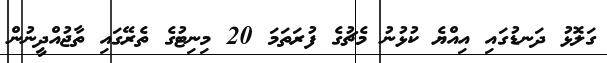
ގަލޮޅު ދަނޑުގައި އިއްޔެ ކުޅުނު މެޗުގެ ފުރަތަމަ 20 މިނިޓުގެ ތެރޭގައި ތާޖުއްދީނުން